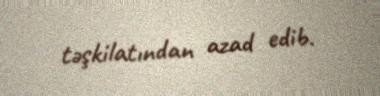
təşkilatından azad edib.